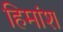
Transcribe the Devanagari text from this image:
हिमांश